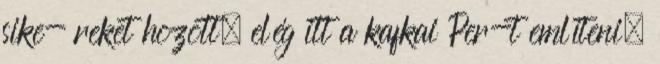
sike- reket hozott, elég itt a kafkai Per-t említeni,